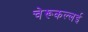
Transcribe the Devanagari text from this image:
चेरूकल्लई